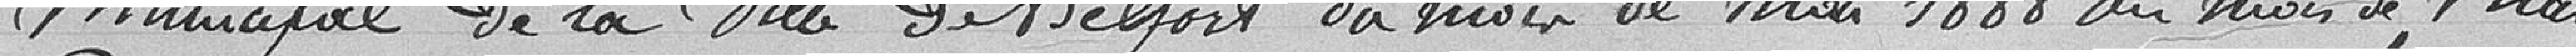
municipal de la Ville de Belfort du mois de mai 1892,